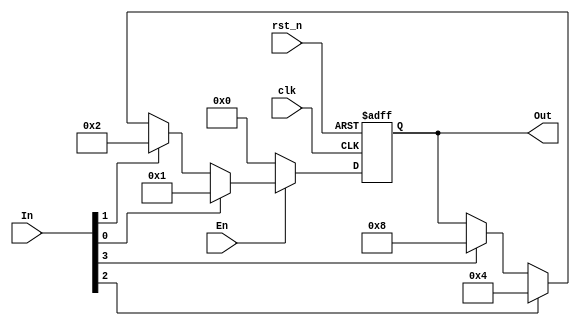
module PriorityLogic ( 
    input wire       clk,
    input wire       rst_n,
    input wire       En,
	input wire [3:0] In,
	output reg [3:0] Out
);
   
   always @(posedge clk or negedge rst_n) begin
 	if (~rst_n) begin
            Out <= 'b0;
       end
       else if (En) begin
           if (In[0]) begin
               Out <= 'b1;
           end
           else if (In[1]) begin
               Out <= 'b10;
            end
           else if (In[2]) begin 
               Out <= 'b100;
           end  
           else if (In[3]) begin
               Out <= 'b1000;
             end
       end
       else begin
               Out <= 'b0;
        end   
   end
   

	
endmodule